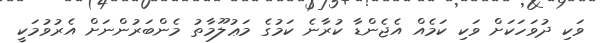
ވަކި ދުވަހަކަށް ވަކި ކަމެއް އެޖެންޑާ ކުރާނެ ކަމުގެ މަޢުލޫމާތު މެންބަރުންނަށް އެރުވުމަކީ